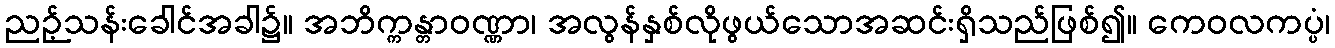
ညဉ့်သန်းခေါင်အခါ၌။ အဘိက္ကန္တာဝဏ္ဏာ၊ အလွန်နှစ်လိုဖွယ်သောအဆင်းရှိသည်ဖြစ်၍။ ကေဝလကပ္ပံ၊